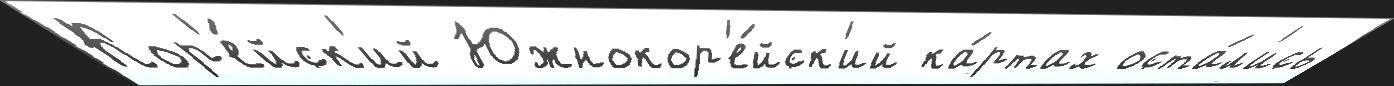
Кор'е́йск'ий Южнокор'е́йск'ий ка́ртах оста́л'ись